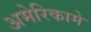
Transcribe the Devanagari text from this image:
अमेरिकामे